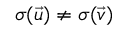
\sigma ( \vec { u } ) \neq \sigma ( \vec { v } )